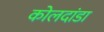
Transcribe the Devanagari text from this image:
कोलदांडा